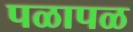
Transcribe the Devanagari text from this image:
पळापळ